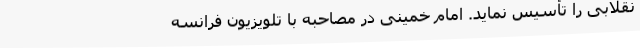
نقلابی‌ را تأسیس‌ نماید. امام‌ خمینی‌ در مصاحبه‌ با تلویزیون‌ فرانسه‌